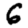
Digit: 6